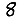
Digit: 8